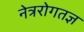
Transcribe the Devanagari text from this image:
नेत्ररोगतज्ञ